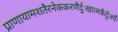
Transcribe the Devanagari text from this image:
प्राणायामशतैरनेककरणैर्दुःखात्मकैर्दुजर्यैः